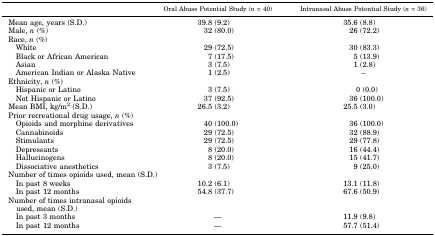
|  | Oral Abuse Potential Study (n = 40) | Intranasal Abuse Potential Study (n = 36) |
 | --- | --- | --- |
 | Mean age, years (S.D.) | 39.8 (9.2) | 35.6 (8.8) |
 | Male, n (%) | 32 (80.0) | 26 (72.2) |
 | Race, n (%) |  |  |
 | White | 29 (72.5) | 30 (83.3) |
 | Black or African American | 7 (17.5) | 5 (13.9) |
 | Asian | 3 (7.5) | 1 (2.8) |
 | American Indian or Alaska Native | 1 (2.5) | – |
 | Ethnicity, n (%) |  |  |
 | Hispanic or Latino | 3 (7.5) | 0 (0.0) |
 | Not Hispanic or Latino | 37 (92.5) | 36 (100.0) |
 | Mean BMI, kg/m2 (S.D.) | 26.5 (3.2) | 25.5 (3.0) |
 | Prior recreational drug usage, n (%) |  |  |
 | Opioids and morphine derivatives | 40 (100.0) | 36 (100.0) |
 | Cannabinoids | 29 (72.5) | 32 (88.9) |
 | Stimulants | 29 (72.5) | 29 (77.8) |
 | Depressants | 8 (20.0) | 16 (44.4) |
 | Hallucinogens | 8 (20.0) | 15 (41.7) |
 | Dissociative anesthetics | 3 (7.5) | 9 (25.0) |
 | <COLSPAN=3> Number of times opioids used, mean (S.D.) |
 | In past 8 weeks | 10.2 (6.1) | 13.1 (11.8) |
 | In past 12 months | 54.8 (37.7) | 67.6 (50.9) |
 | <COLSPAN=3> Number of times intranasal opioids used, mean (S.D.) |
 | In past 3 months | — | 11.9 (9.8) |
 | In past 12 months | — | 57.7 (51.4) |